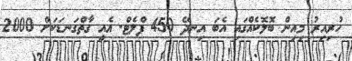
ހުރިއިރު މިއިން ބޮލޮކެއްގައި އެބަ އިނދޭ 450 ފްލެޓް. އެއީ ގާތްގަނޑަކަށް 2000